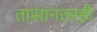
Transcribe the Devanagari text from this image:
तासानंतरही